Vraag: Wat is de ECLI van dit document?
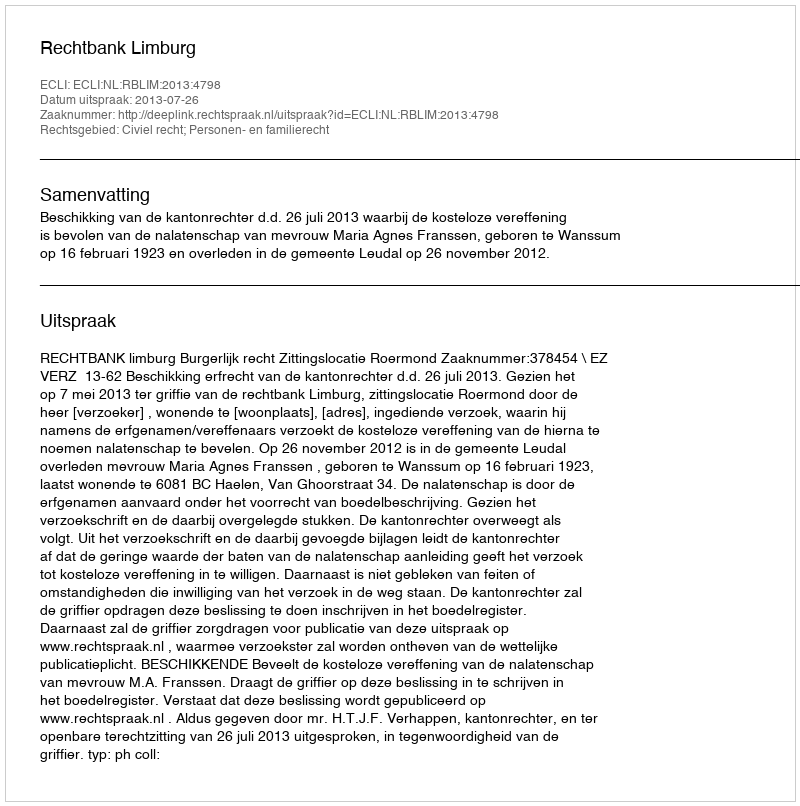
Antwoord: ECLI:NL:RBLIM:2013:4798